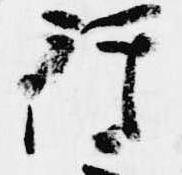
行